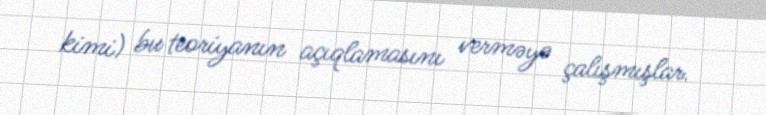
kimi) bu teoriyanın açıqlamasını verməyə çalışmışlar.